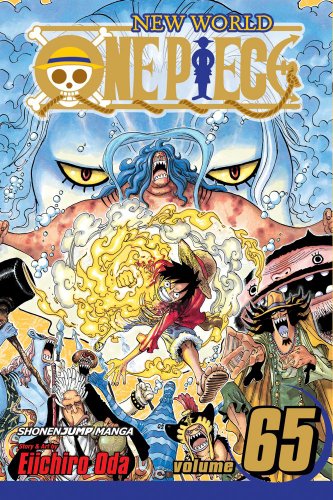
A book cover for One Piece, Vol. 65; Eiichiro Oda; Comics & Graphic Novels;